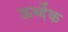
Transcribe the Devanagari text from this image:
ऊर्ध्देक